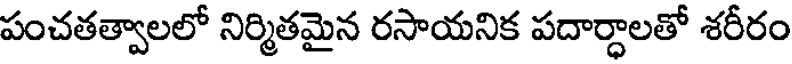
పంచతత్వాలలో నిర్మితమైన రసాయనిక పదార్ధాలతో శరీరం